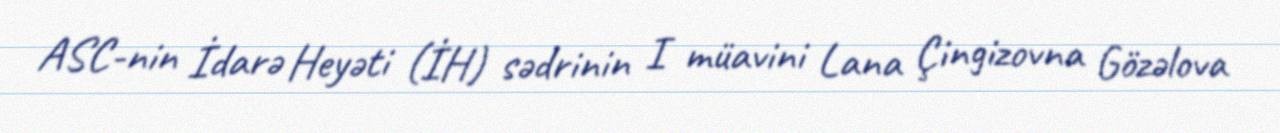
ASC-nin İdarə Heyəti (İH) sədrinin I müavini Lana Çingizovna Gözəlova